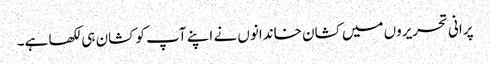
پرانی تحریروں میں کشان خاندانوں نے اپنے آپ کو کشان ہی لکھا ہے۔